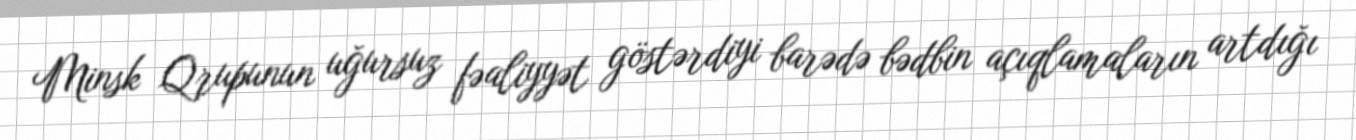
Minsk Qrupunun uğursuz fəaliyyət göstərdiyi barədə bədbin açıqlamaların artdığı